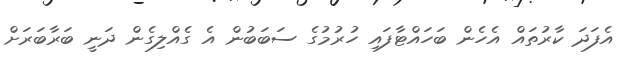
އެފަދަ ކާރުތައް އެހެން ބަހައްޓާފައި ހުރުމުގެ ސަބަބުން އެ ގެއްލިގެން ދަނީ ބަރާބަރަށް